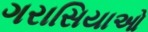
ગરાસિયાઓ